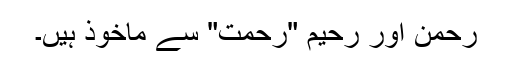
رحمن اور رحیم "رحمت" سے ماخوذ ہیں۔